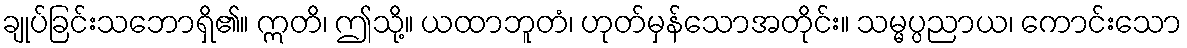
ချုပ်ခြင်းသဘောရှိ၏။ ဣတိ၊ ဤသို့။ ယထာဘူတံ၊ ဟုတ်မှန်သောအတိုင်း။ သမ္မပ္ပညာယ၊ ကောင်းသော